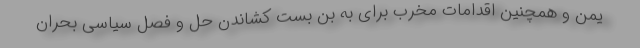
یمن و همچنین اقدامات مخرب برای به بن بست کشاندن حل و فصل سیاسی بحران